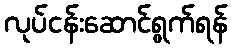
လုပ်ငန်းဆောင်ရွက်ရန်